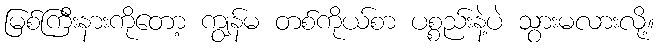
မြစ်ကြီးနားကိုတော့ ကျွန်မ တစ်ကိုယ်စာ ပစ္စည်းနဲ့ပဲ သွားမလားလို့။